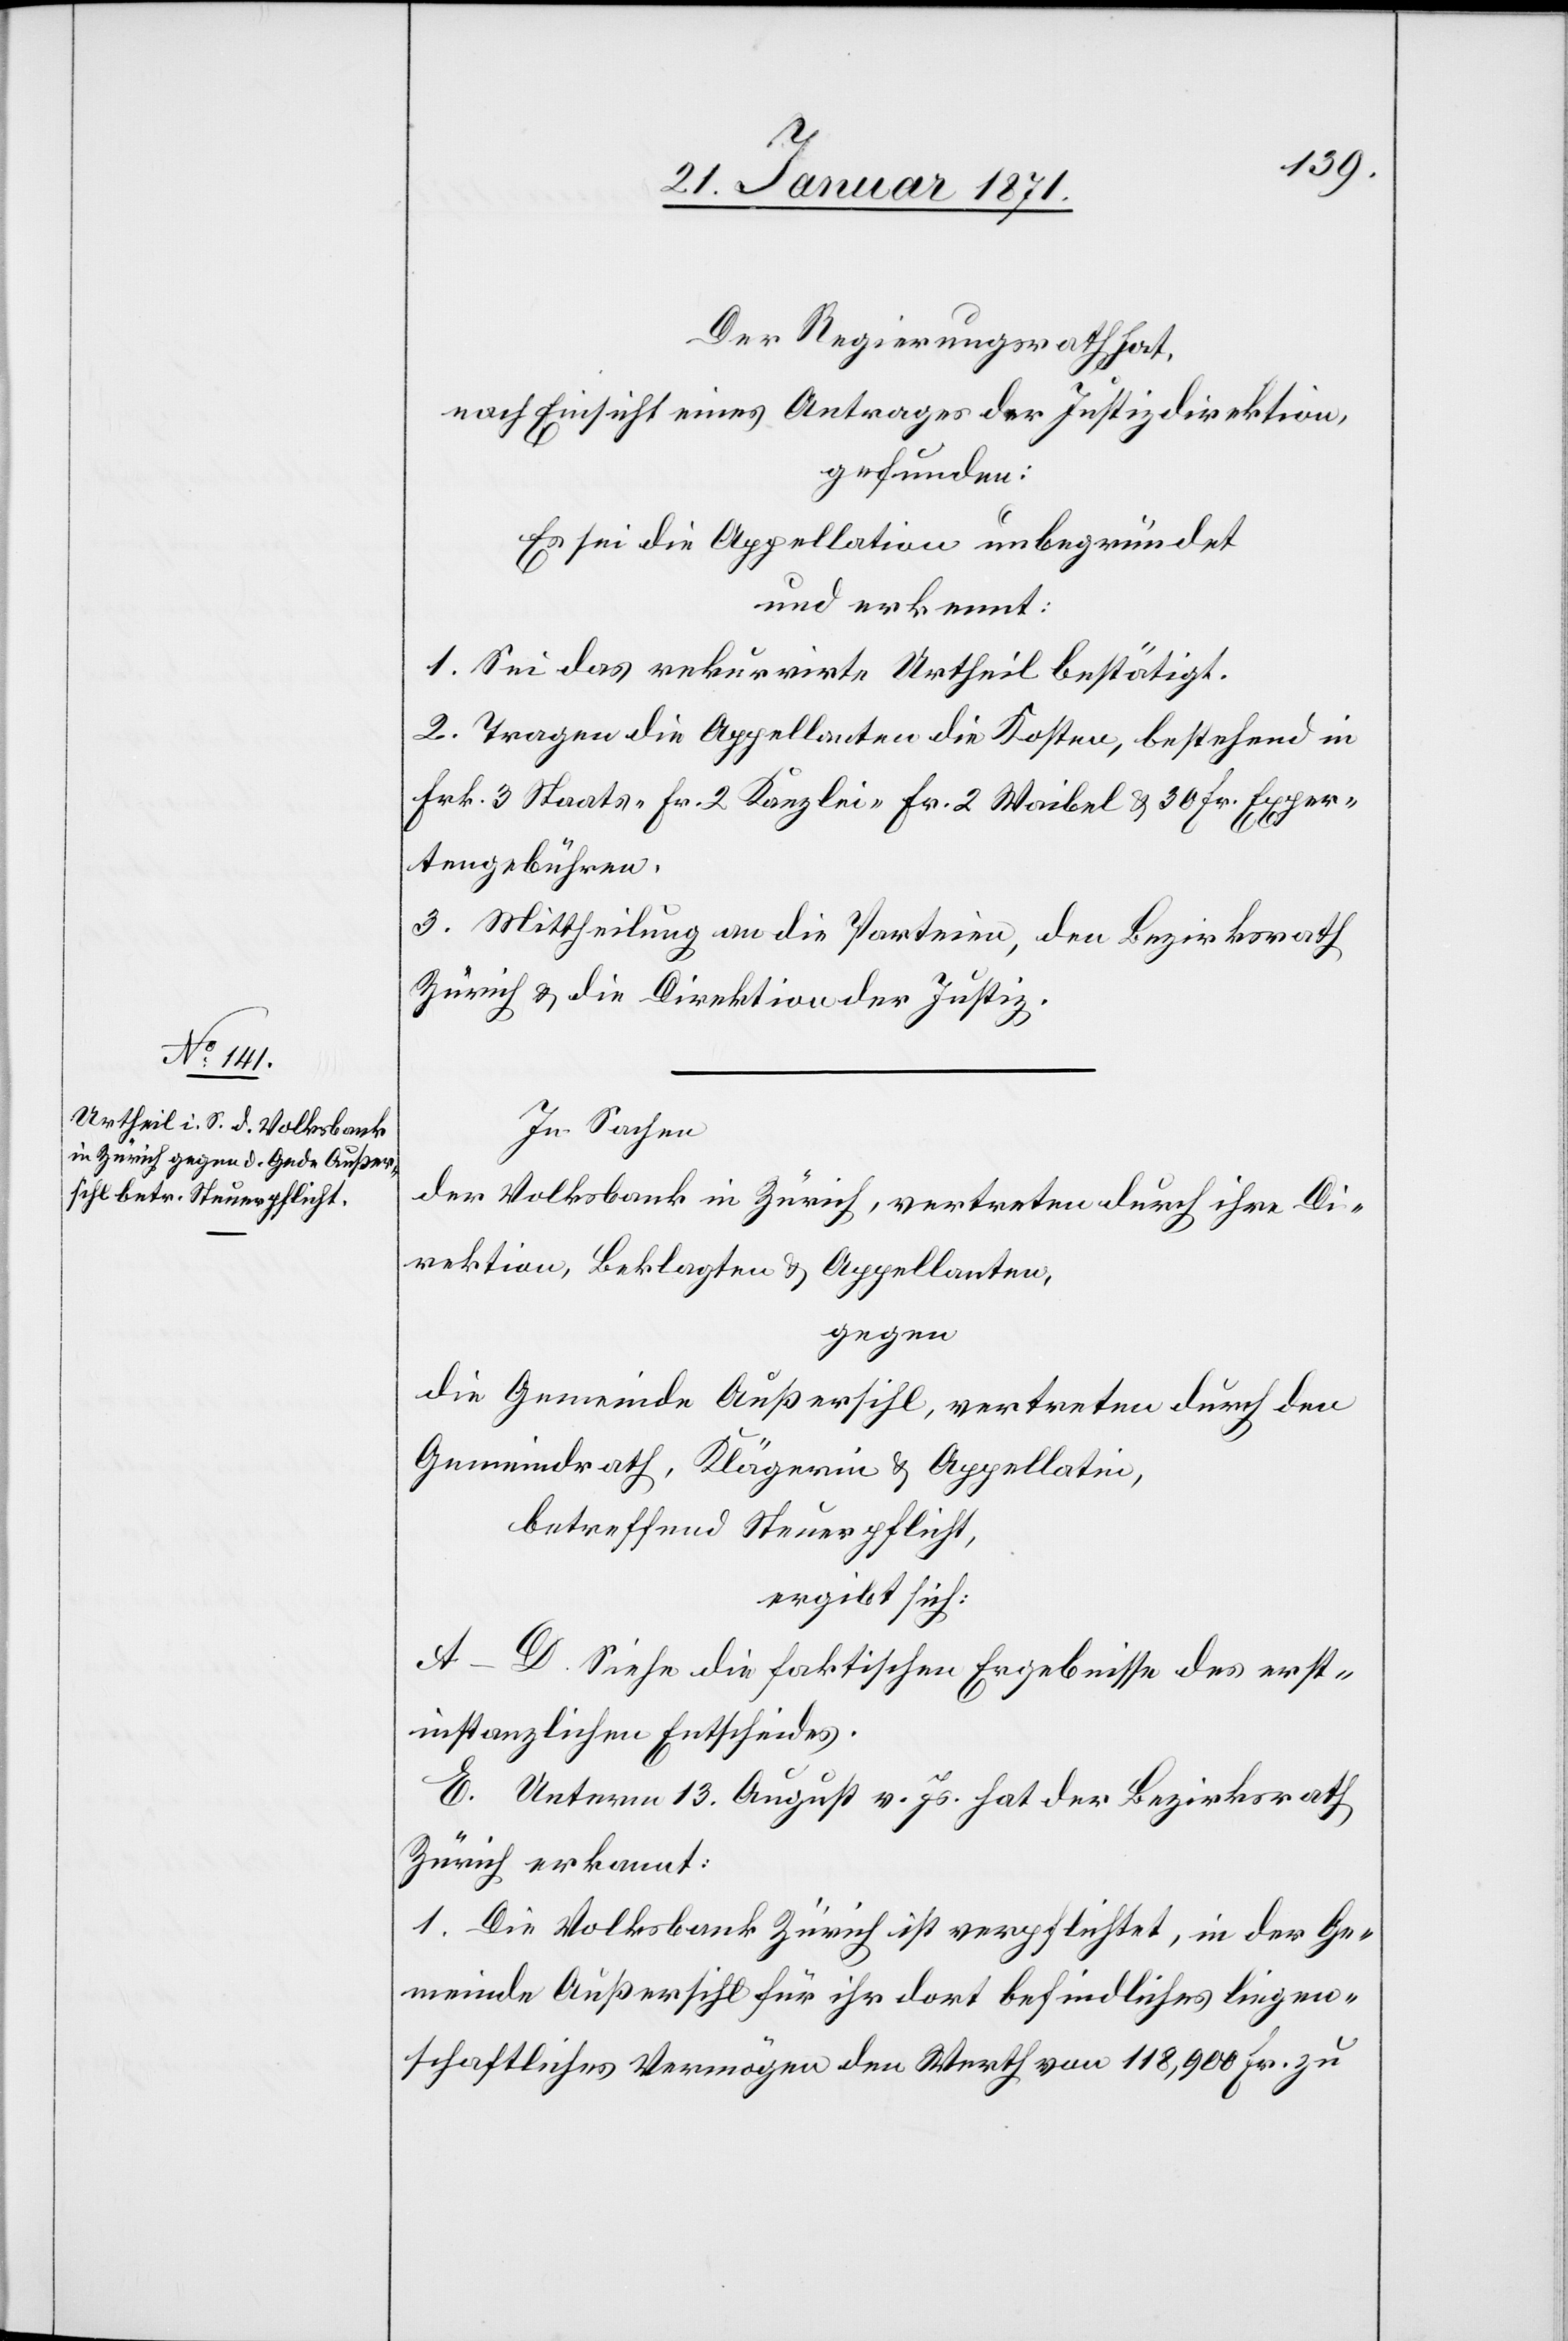
Der Regierungsrath hat,
nach Einsicht eines Antrages der Justizdirektion,
gefunden:
Es sei die Appellation unbegründet
und erkannt:
1. Sei das rekurrirte Urtheil bestätigt.
2. Tragen die Appellanten die Kosten, bestehend in
Frk. 3 Staats- Fr. 2 Kanzlei- Fr. 2 Waibel u. 30 Fr. Exper¬
tengebühren.
3. Mittheilung an die Parteien, den Bezirksrath
Zürich u. die Direktion der Justiz.
In Sachen
der Volksband in Zürich, vertreten durch ihre Di¬
rektion, Beklagten u. Appellanten,
gegen
die Gemeinde Außersihl, vertreten durch den
Gemeindrath, Klägerin u. Appellatin,
betreffend Steuerpflicht,
ergibt sich:
A.-D. Siehe die faktischen Ergebnisse des erst¬
instanzlichen Entscheides.
E. Unterm 13. August v. Js. hat der Bezirksrath
Zürich erkannt:
1. Die Volksbank Zürich ist verpflichtet, in der Ge¬
meinde Außersihl für ihr dort befindliches liegen¬
schaftliches Vermögen den Werth von 118,900 Fr. zu